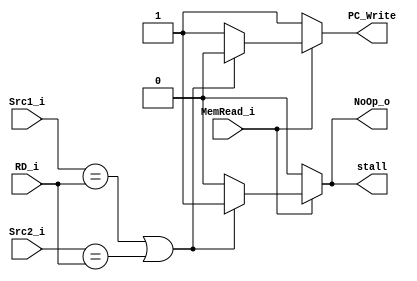
module Hazard(
    Src1_i,
    Src2_i,
    RD_i,
    MemRead_i,
    stall,
    PC_Write,
    NoOp_o
);
input              MemRead_i;
input      [4 : 0] Src1_i,Src2_i,RD_i;
output reg         stall,PC_Write,NoOp_o;

always @(*)
begin
    if(MemRead_i)
    begin
        if(Src1_i == RD_i || Src2_i == RD_i)
        begin
            stall <= 1'b1;
            PC_Write <= 1'b0;
            NoOp_o <= 1'b1;
        end
        else
        begin
            stall <= 1'b0;
            PC_Write <= 1'b1;
            NoOp_o <= 1'b0;
        end
    end
    else
    begin
        stall <= 1'b0;
        PC_Write <= 1'b1;
        NoOp_o <= 1'b0;
    end
end

endmodule